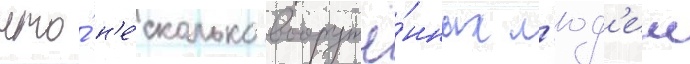
что́ н'е́сколько вооружё́нных л'юд'еи